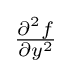
{\tfrac {\partial ^{2}f}{\partial y^{2}}}